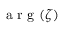
\mathrm { ~ a ~ r ~ g ~ } ( \zeta )